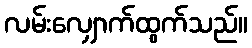
လမ်းလျှောက်ထွက်သည်။